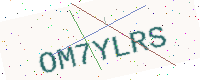
Text: OM7YLRS